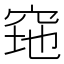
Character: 𱶶